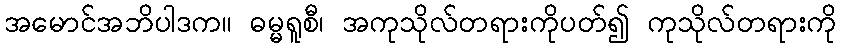
အမောင်အဘိပါဒက။ ဓမ္မရူစီ၊ အကုသိုလ်တရားကိုပတ်၍ ကုသိုလ်တရားကို